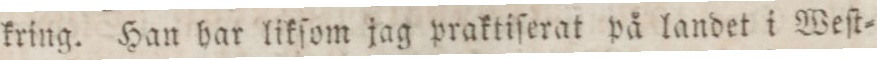
kring. Han har likſom jag praktiſerat på landet i Weſt=